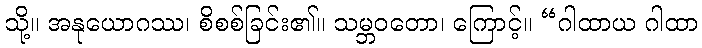
သို့။ အနုယောဂဿ၊ စိစစ်ခြင်း၏။ သမ္ဘဝတော၊ ကြောင့်။ “ဂါထာယ ဂါထာ